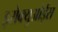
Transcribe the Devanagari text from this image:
इरोक्युओईस